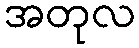
အတုလ